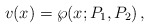
\begin{align*}v(x) = \wp(x;P_1,P_2)\,, \end{align*}